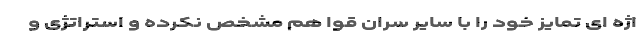
اژه ای تمایز خود را با سایر سرانِ قوا هم مشخّص نکرده و استراتژی و